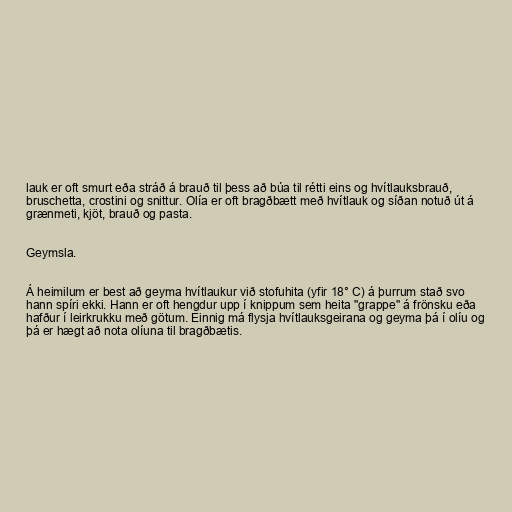
lauk er oft smurt eða stráð á brauð til þess að búa til rétti eins og hvítlauksbrauð,
bruschetta, crostini og snittur. Olía er oft bragðbætt með hvítlauk og síðan notuð út á
grænmeti, kjöt, brauð og pasta.

Geymsla.

Á heimilum er best að geyma hvítlaukur við stofuhita (yfir 18° C) á þurrum stað svo
hann spíri ekki. Hann er oft hengdur upp í knippum sem heita "grappe" á frönsku eða
hafður í leirkrukku með götum. Einnig má flysja hvítlauksgeirana og geyma þá í olíu og
þá er hægt að nota olíuna til bragðbætis.